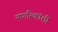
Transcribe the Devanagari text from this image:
नागरिकांशी